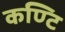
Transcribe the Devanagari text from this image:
कण्टि